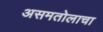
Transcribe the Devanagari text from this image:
असमतोलाचा